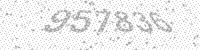
Solution: 957836